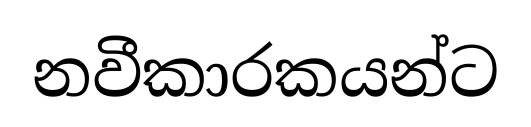
නවීකාරකයන්ට